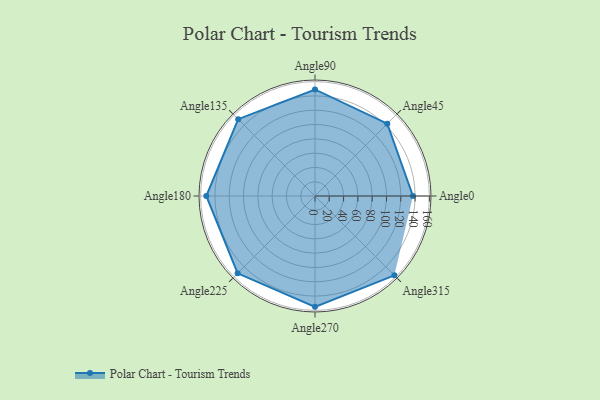
{"axis": {"x": "Angle", "y": "Radius"}, "legend": [""], "data": [{"x": "Angle0", "y": 137.0, "type": ""}, {"x": "Angle45", "y": 143.0, "type": ""}, {"x": "Angle90", "y": 149.0, "type": ""}, {"x": "Angle135", "y": 152.0, "type": ""}, {"x": "Angle180", "y": 152.0, "type": ""}, {"x": "Angle225", "y": 153.0, "type": ""}, {"x": "Angle270", "y": 155.0, "type": ""}, {"x": "Angle315", "y": 157.0, "type": ""}]}